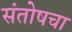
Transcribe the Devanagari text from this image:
संतोषचा